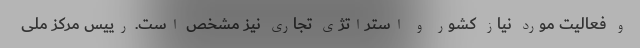
و فعالیت مورد نیاز کشور و استراتژی تجاری نیز مشخص است. رییس مرکز ملی